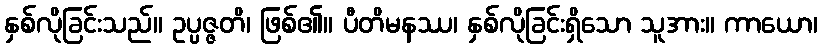
နှစ်လိုခြင်းသည်။ ဥပ္ပဇ္ဇတိ၊ ဖြစ်၏။ ပီတိမနဿ၊ နှစ်လိုခြင်းရှိသော သူအား။ ကာယော၊